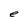
Character: e